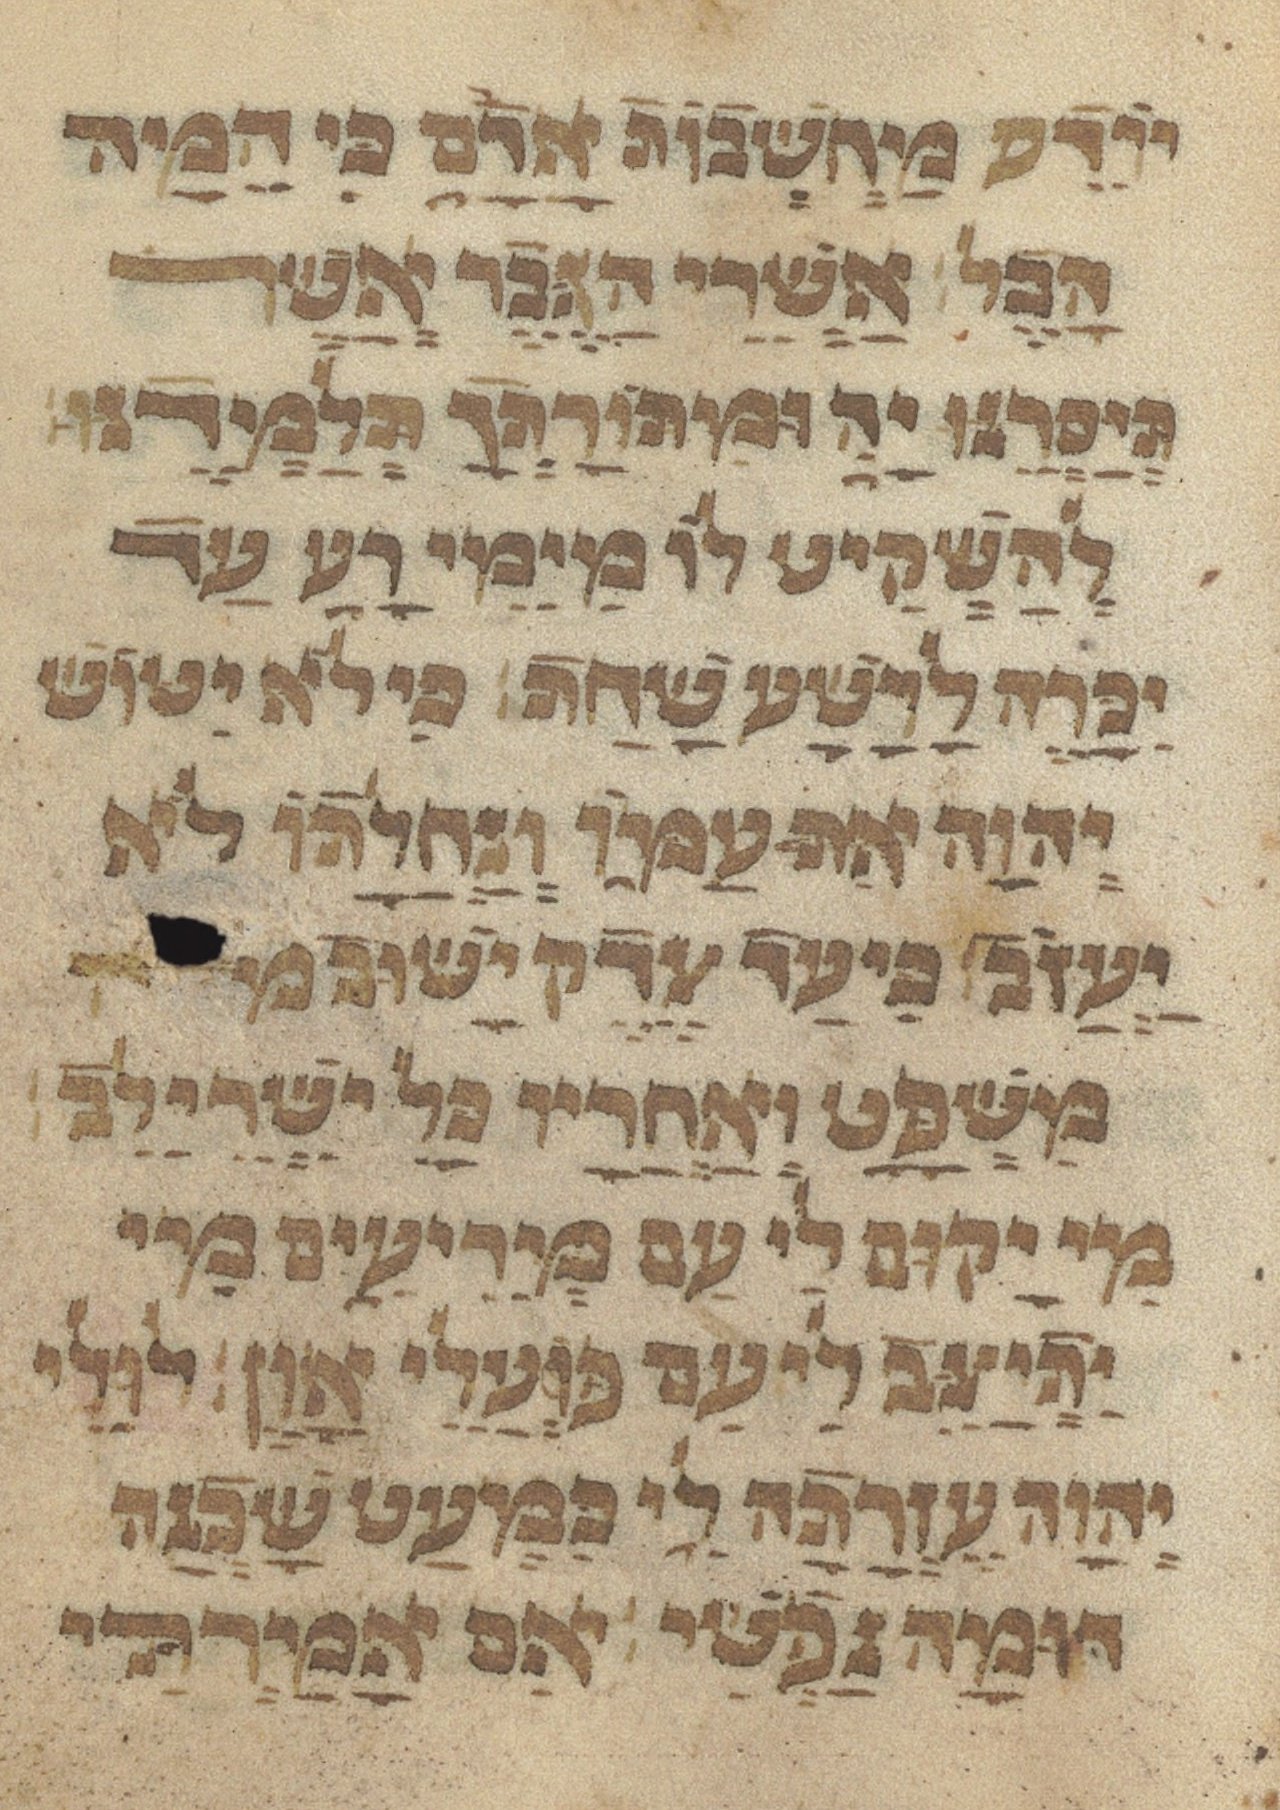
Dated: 1433–1433